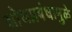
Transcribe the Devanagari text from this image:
शोधप्रबंधामुळे